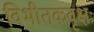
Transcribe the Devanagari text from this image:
विभीतकवृक्षः